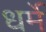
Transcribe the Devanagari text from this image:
धर्मे